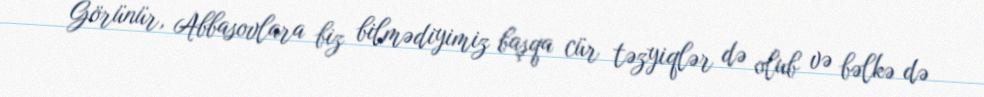
Görünür, Abbasovlara biz bilmədiyimiz başqa cür təzyiqlər də olub və bəlkə də